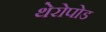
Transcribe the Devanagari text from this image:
थेरोपोड